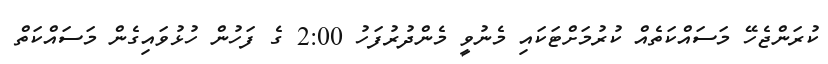
ކުރަންޖެހޭ މަސައްކަތެއް ކުރުމަށްޓަކައި މެނުވީ މެންދުރުފަހު 2:00 ގެ ފަހުން ހުޅުވައިގެން މަސައްކަތް